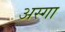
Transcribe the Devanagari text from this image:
अस्गा